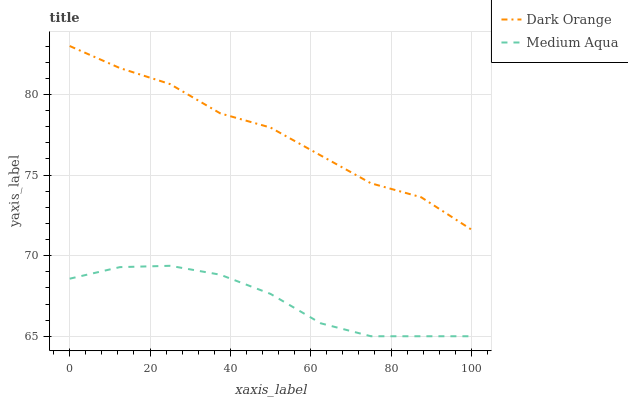
| xaxis_label | Dark Orange | Medium Aqua |
 | --- | --- | --- |
 | 0 | 83 | 68.6 |
 | 12.5 | 81.6 | 69.3 |
 | 25 | 80.6 | 69.4 |
 | 37.5 | 78.8 | 68.8 |
 | 50 | 77.9 | 67.6 |
 | 62.5 | 76.2 | 65.8 |
 | 75 | 74.5 | 65 |
 | 87.5 | 73.6 | 65 |
 | 100 | 71.6 | 65 |